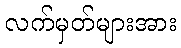
လက်မှတ်များအား